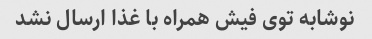
نوشابه توی فیش همراه با غذا ارسال نشد